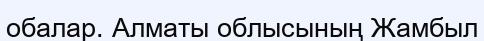
обалар. Алматы облысының Жамбыл